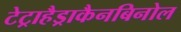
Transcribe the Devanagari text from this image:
टेट्राहैड्राकैनबिनोल